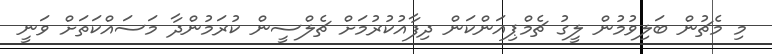
މި މެޗުން ބަލިވުމުން ލީގު ޗެމްޕިއަންކަން ދިފާއުކުރުމަށް ޗެލްސީން ކުރަމުންދާ މަސައްކަތަށް ވަނީ